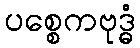
ပစ္စေကဗုဒ္ဓံ